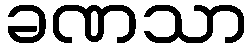
ခဏသာ